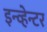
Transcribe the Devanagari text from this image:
इन्व्हेन्टर